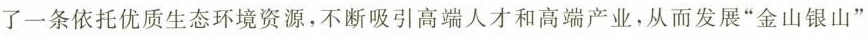
了一条依托优质生态环境资源，不断吸引高端人才和高端产业，从而发展”金山银山”